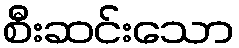
စီးဆင်းသော